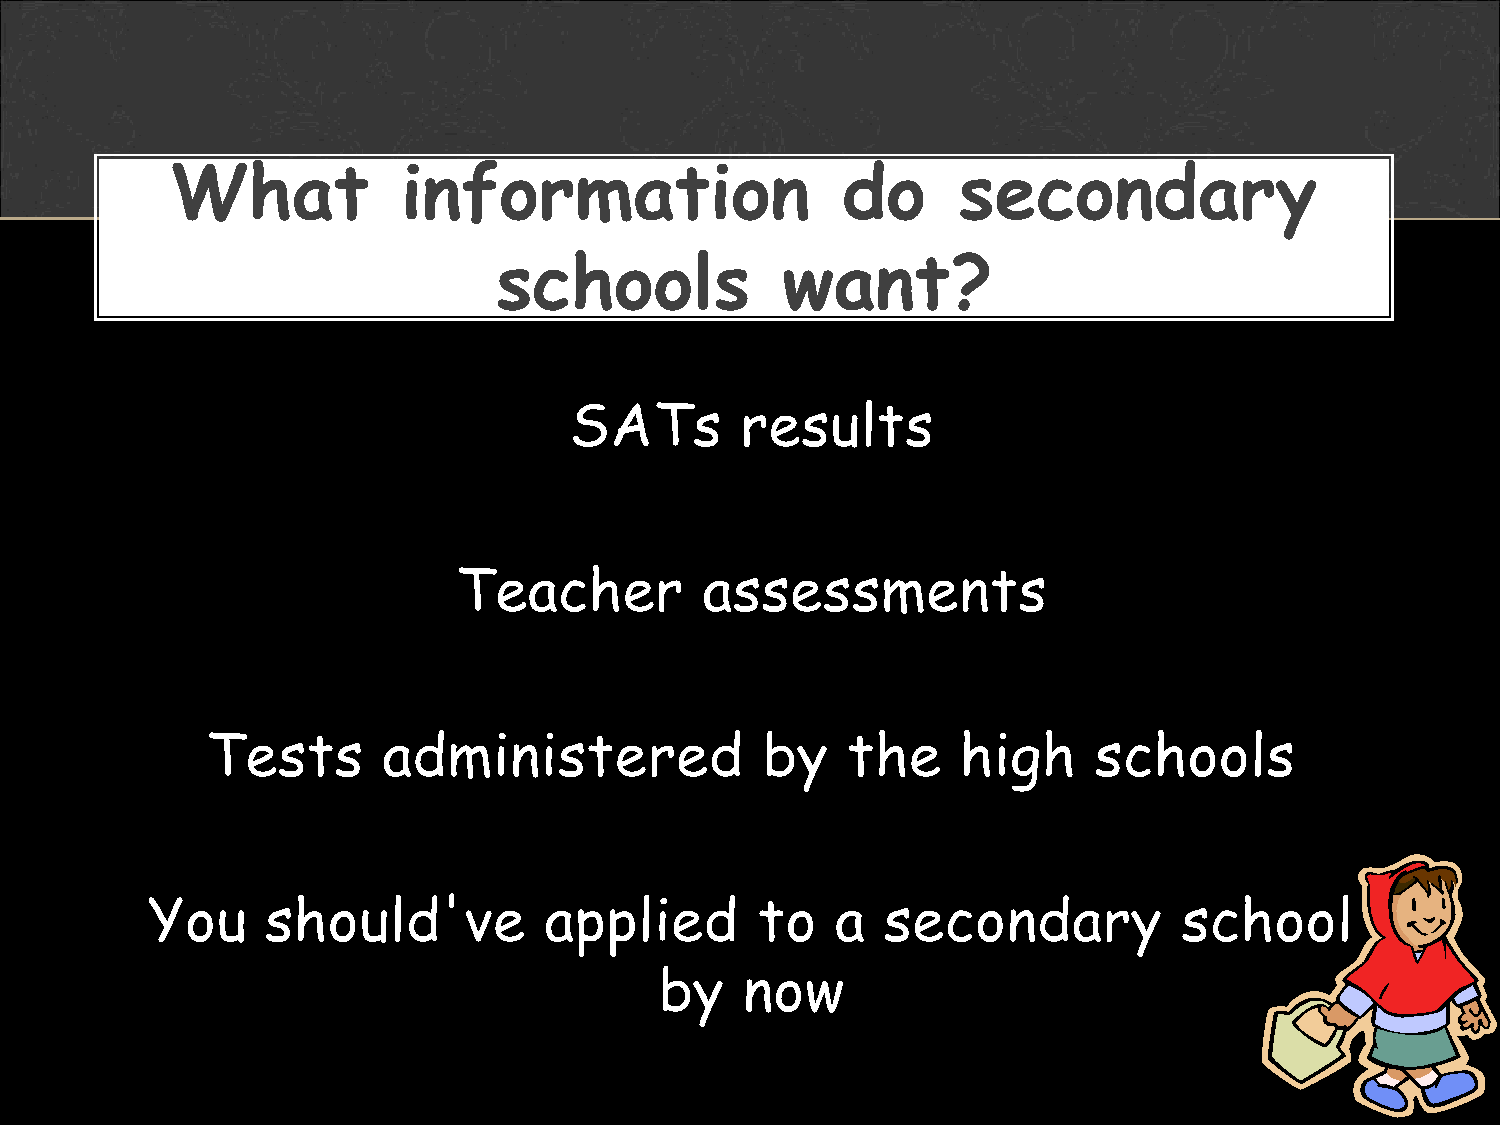
What            information                  do     secondary
 schools            want?
 SATs       results
 Teacher          assessments
 Tests      administered             by    the     high    schools
 You     should've         applied       to   a  secondary           school
 by   now